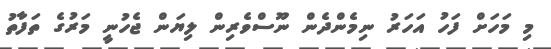
މި މަހަށް ފަހު އަހަރު ނިމެންދެން ނޫސްވެރިން ލިޔަން ޖެހުނީ މަރުގެ ތަފާތު